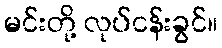
မင်းတို့ လုပ်ငန်းခွင်။